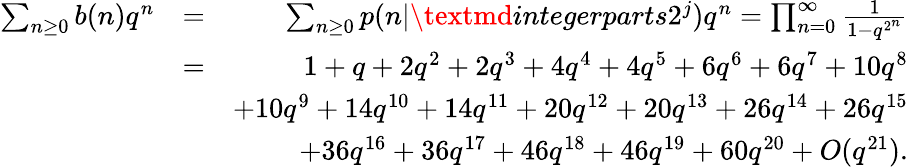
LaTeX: \begin{array}{rlr}{\sum_{n\geq 0}b(n)q^{n}}&{=}&{\sum_{n\geq 0}p(n|\textmd{integerparts}2^{j})q^{n}=\prod_{n=0}^{\infty}\frac{1}{1-q^{2^{n}}}}\\ &{=}&{1+q+2q^{2}+2q^{3}+4q^{4}+4q^{5}+6q^{6}+6q^{7}+10q^{8}}\\ &{}&{+10q^{9}+14q^{10}+14q^{11}+20q^{12}+20q^{13}+26q^{14}+26q^{15}}\\ &{}&{+36q^{16}+36q^{17}+46q^{18}+46q^{19}+60q^{20}+O(q^{21}).}\end{array}